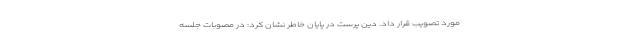
مورد تصویب قرار داد. دین پرست در پایان خاطر نشان کرد: در مصوبات جلسه